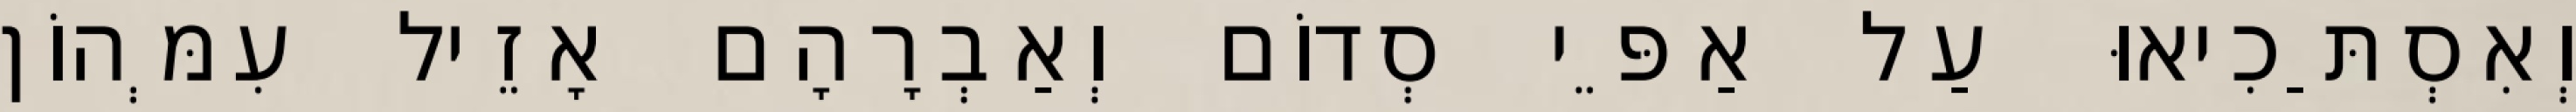
וְאִסְתַּכִיאוּ עַל אַפֵּי סְדוֹם וְאַבְרָהָם אָזֵיל עִמְּהוֹן